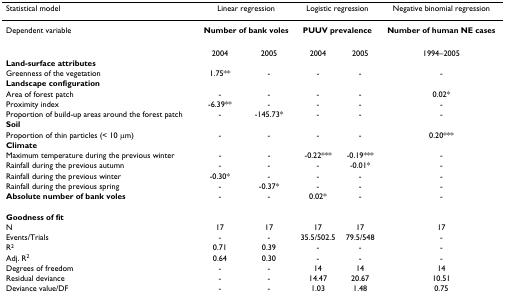
<table><thead><tr><td><b>Statistical model</b></td><td colspan="2"><b>Linear regression</b></td><td colspan="2"><b>Logistic regression</b></td><td><b>Negative binomial regression</b></td></tr></thead><tbody><tr><td>Dependent variable</td><td colspan="2"><b>Number of bank voles</b></td><td colspan="2"><b>PUUV prevalence</b></td><td><b>Number of human NE cases</b></td></tr><tr><td></td><td>2004</td><td>2005</td><td>2004</td><td>2005</td><td>1994–2005</td></tr><tr><td><b>Land-surface attributes</b></td><td></td><td></td><td></td><td></td><td></td></tr><tr><td>Greenness of the vegetation</td><td>1.75**</td><td>-</td><td>-</td><td>-</td><td>-</td></tr><tr><td><b>Landscape configuration</b></td><td></td><td></td><td></td><td></td><td></td></tr><tr><td>Area of forest patch</td><td>-</td><td>-</td><td>-</td><td>-</td><td>0.02*</td></tr><tr><td>Proximity index</td><td>-6.39**</td><td>-</td><td>-</td><td>-</td><td>-</td></tr><tr><td>Proportion of build-up areas around the forest patch</td><td>-</td><td>-145.73*</td><td>-</td><td>-</td><td>-</td></tr><tr><td><b>Soil</b></td><td></td><td></td><td></td><td></td><td></td></tr><tr><td>Proportion of thin particles (&lt; 10 μm)</td><td>-</td><td>-</td><td>-</td><td>-</td><td>0.20***</td></tr><tr><td><b>Climate</b></td><td></td><td></td><td></td><td></td><td></td></tr><tr><td>Maximum temperature during the previous winter</td><td>-</td><td>-</td><td>-0.22***</td><td>-0.19***</td><td>-</td></tr><tr><td>Rainfall during the previous autumn</td><td>-</td><td>-</td><td>-</td><td>-0.01*</td><td>-</td></tr><tr><td>Rainfall during the previous winter</td><td>-0.30*</td><td>-</td><td>-</td><td>-</td><td>-</td></tr><tr><td>Rainfall during the previous spring</td><td>-</td><td>-0.37*</td><td>-</td><td>-</td><td>-</td></tr><tr><td><b>Absolute number of bank voles</b></td><td>-</td><td>-</td><td>0.02*</td><td>-</td><td>-</td></tr><tr><td><b>Goodness of fit</b></td><td></td><td></td><td></td><td></td><td></td></tr><tr><td>N</td><td>17</td><td>17</td><td>17</td><td>17</td><td>17</td></tr><tr><td>Events/Trials</td><td>-</td><td>-</td><td>35.5/502.5</td><td>79.5/548</td><td>-</td></tr><tr><td>R<sup>2</sup></td><td>0.71</td><td>0.39</td><td>-</td><td>-</td><td>-</td></tr><tr><td>Adj. R<sup>2</sup></td><td>0.64</td><td>0.30</td><td>-</td><td>-</td><td>-</td></tr><tr><td>Degrees of freedom</td><td>-</td><td>-</td><td>14</td><td>14</td><td>14</td></tr><tr><td>Residual deviance</td><td>-</td><td>-</td><td>14.47</td><td>20.67</td><td>10.51</td></tr><tr><td>Deviance value/DF</td><td>-</td><td>-</td><td>1.03</td><td>1.48</td><td>0.75</td></tr></tbody></table>